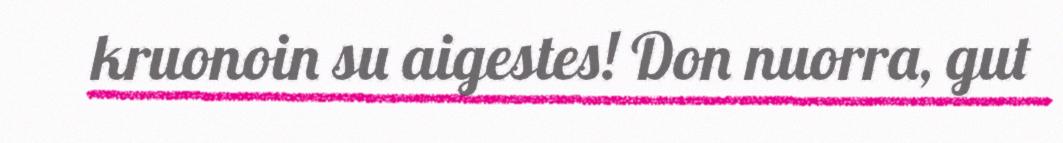
kruonoin su aigestes! Don nuorra, gut